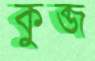
কুব্জ